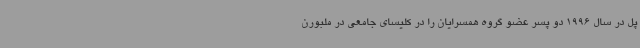
پل در سال 1996 دو پسر عضو گروه همسرایان را در کلیسای جامعی در ملبورن